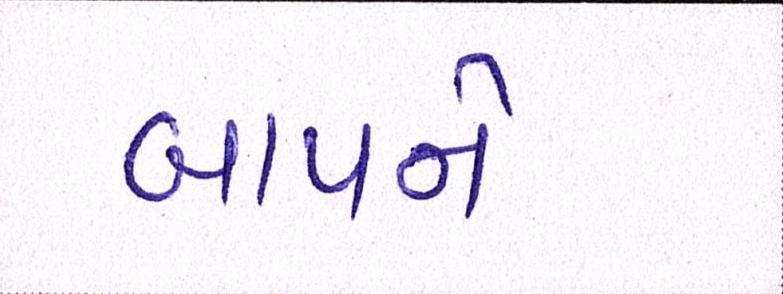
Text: બાપને